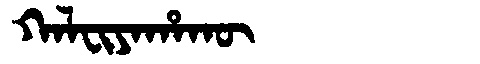
Manchu: ᡴᠠᠯᠸᡳᠶᠠᡥᠠᡴᡡ
Romanization: KALFIYAHAKŪ